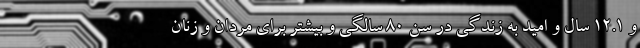
و ۱۲.۱ سال و امید به زندگی در سن ۸۰ سالگی و بیشتر برای مردان و زنان